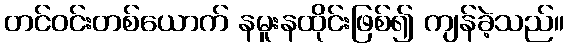
တင်ဝင်းတစ်ယောက် နမူးနထိုင်းဖြစ်၍ ကျန်ခဲ့သည်။